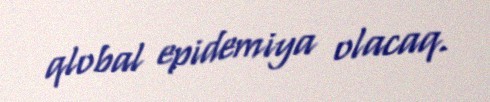
qlobal epidemiya olacaq.